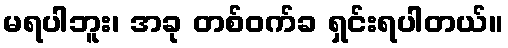
မရပါဘူး၊ အခု တစ်ဝက်ခ ရှင်းရပါတယ်။